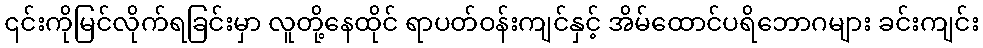
၎င်းကိုမြင်လိုက်ရခြင်းမှာ လူတို့နေထိုင် ရာပတ်ဝန်းကျင်နှင့် အိမ်ထောင်ပရိဘောဂများ ခင်းကျင်း